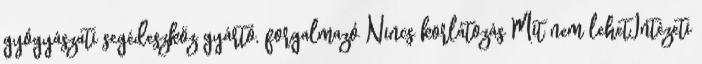
gyógyászati segédeszköz gyártó, forgalmazó Nincs korlátozás Mit nem lehetIntézeti